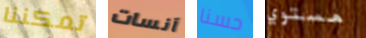
تمكننا آنسات حسنا مستوي